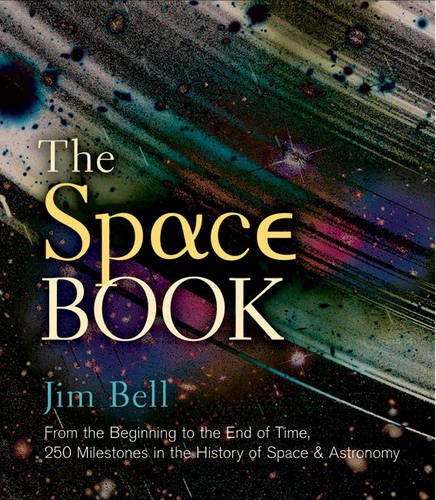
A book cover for The Space Book: From the Beginning to the End of Time, 250 Milestones in the History of Space & Astronomy (Sterling Milestones); Jim Bell; Science & Math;